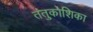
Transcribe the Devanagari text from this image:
तंतुकोशिका